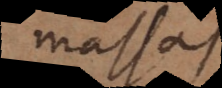
massas